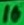
Text: 10